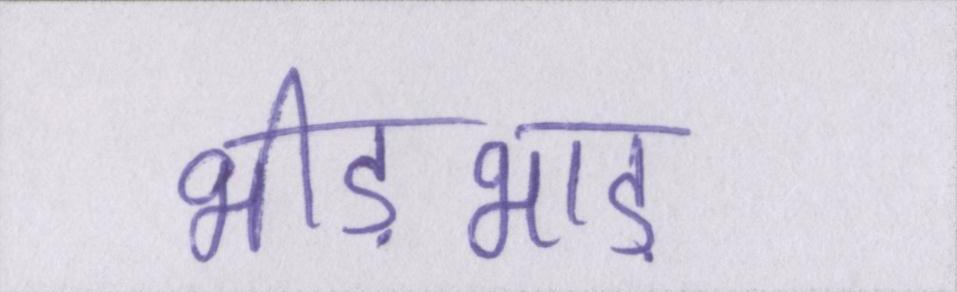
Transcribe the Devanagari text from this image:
भीड़भाड़